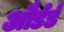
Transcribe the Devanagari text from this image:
और्डर्ड